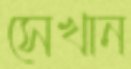
সেখান